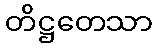
တိဋ္ဌတေသာ